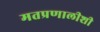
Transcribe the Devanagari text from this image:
मतप्रणालीशी